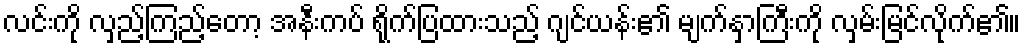
လင်းကို လှည့်ကြည့်တော့ အနီးကပ် ရိုက်ပြထားသည့် ဂျင်ယန်း၏ မျက်နှာကြီးကို လှမ်းမြင်လိုက်၏။